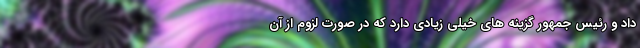
داد و رئیس جمهور گزینه های خیلی زیادی دارد که در صورت لزوم از آن